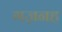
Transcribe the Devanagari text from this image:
गज़नह